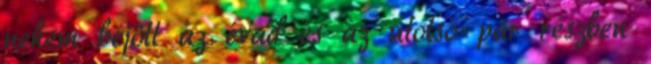
nekem bejött az évad és az utolsó pár részben